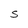
Character: S